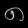
Digit: ၈